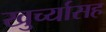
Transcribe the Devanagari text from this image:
खुर्च्यासह